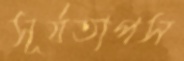
সূর্যতাপস